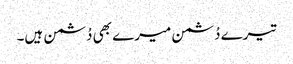
تیرے دُشمن میرے بھی دُشمن ہیں۔